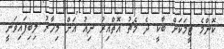
ކޮންމެ ޓީމަކަށް ބާކީ ދެ މެޗު އޮތްއިރު ނިއު އަށް މިހާރު ލިބިފައިވަނީ